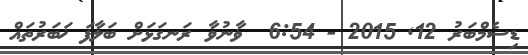
ޑިސެމްބަރު 12